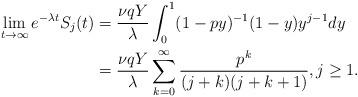
LaTeX: \begin{align*} \lim_{t \to \infty} e^{-\lambda t} S_j(t) &= \frac{\nu q Y}{\lambda} \int_0^1 (1-py)^{-1} (1-y) y^{j-1} dy \\ &= \frac{\nu q Y}{\lambda} \sum_{k=0}^\infty \frac{p^k}{(j+k)(j+k+1)}, j\geq 1. \end{align*}